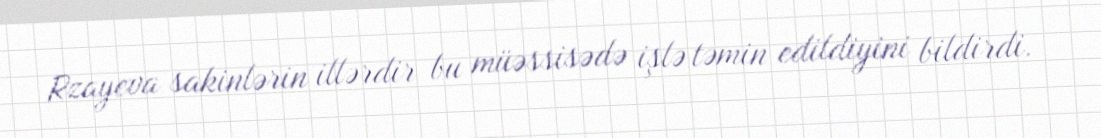
Rzayeva sakinlərin illərdir bu müəssisədə işlə təmin edildiyini bildirdi.